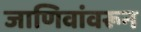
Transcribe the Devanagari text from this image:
जाणिवांवरून